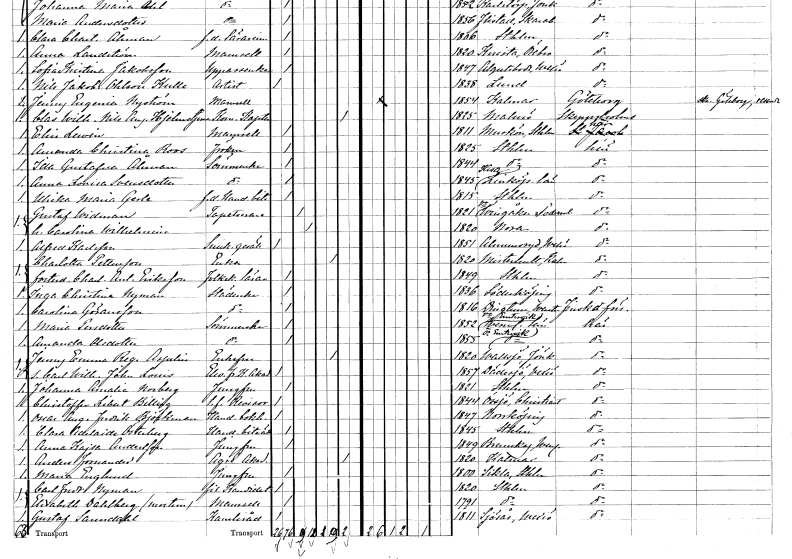
gt_parse: households: individuals: FN: Anna Lovisa
EN: Svensdotter
YRKE: Sömmerska
KON: K
CIV: O
FODAR: 1845
FODFORS: Kisa Östergötlands län
FN: Ulrika Maria
EN: Gerle
YRKE: Handelsbiträde f.d.
KON: K
CIV: O
FODAR: 1815
FODFORS: Stockholm
FN: Gustaf
EN: Widman
YRKE: Tapetserare
KON: M
CIV: G
FODAR: 1821
FODFORS: Västra Vingåker Södermanlands län
FN: Carolina Wilhelmina
KON: K
CIV: G
FODAR: 1820
FODFORS: Nora Örebro län
FN: Alfred
EN: Karlsson
YRKE: Snickaregesäll
KON: M
CIV: O
FODAR: 1851
FODFORS: Almundsryd Kronobergs län
FN: Charlotta
EN: Pettersson
YRKE: Änka
KON: K
CIV: E
FODAR: 1820
FODFORS: Misterhult Kalmar län
FN: Charlotta Antoinette
EN: Eriksson
YRKE: Folkskolelärarinna
KON: K
CIV: O
FODAR: 1849
FODFORS: Stockholm
FN: Inga Christina
EN: Nyman
YRKE: Städerska
KON: K
CIV: O
FODAR: 1836
FODFORS: Söderköping Östergötlands län
FN: Carolina
EN: Göransson
YRKE: Städerska
KON: K
CIV: O
FODAR: 1816
FODFORS: Dingtuna Västmanlands län
FN: Maria
EN: Persdotter
YRKE: Sömmerska
KON: K
CIV: O
FODAR: 1852
FODFORS: Västra Ämtervik Värmlands län
FN: Amanda
EN: Olsdotter
YRKE: Sömmerska
KON: K
CIV: O
FODAR: 1855
FODFORS: Östra Ämtervik Värmlands län
FN: Jenny Emma Regina
EN: Aspelin
KON: K
CIV: E
FODAR: 1820
FODFORS: Vallsjö Jönköpings län
FN: Carl Wilhelm John Louis
YRKE: Elev vid Akademin för fria konster
KON: M
CIV: O
FODAR: 1857
FODFORS: Dädesjö Kronobergs län
FN: Johanna Amalia
EN: Norberg
YRKE: Jungfru
KON: K
CIV: O
FODAR: 1821
FODFORS: Stockholm
FN: Christoffer Libert
EN: Billing
YRKE: Revisor t.f.
KON: M
CIV: O
FODAR: 1844
FODFORS: Örsjö Kalmar län
FN: Oscar August Fredrik
EN: Björkman
YRKE: Handelsbokhållare
KON: M
CIV: O
FODAR: 1847
FODFORS: Norrköping Östergötlands län
FN: Clara Adelaide
EN: Österberg
YRKE: Handelsbiträde
KON: K
CIV: O
FODAR: 1845
FODFORS: Stockholm
FN: Anna Kajsa
EN: Andersson
YRKE: Jungfru
KON: K
CIV: O
FODAR: 1849
FODFORS: Brunskog Värmlands län
FN: Anders
EN: Fornander
YRKE: Agrée vid målarakademien
KON: M
CIV: X
FODAR: 1820
FODFORS: Kalmar Kalmar län
FN: Maria
EN: Englund
YRKE: Jungfru
KON: K
CIV: O
FODAR: 1800
FODFORS: Sicklaö Stockholms län
FN: Carl Fredrik
EN: Nyman
YRKE: Fil. kand.
KON: M
CIV: O
FODAR: 1820
FODFORS: Stockholm
FN: Elisabeth
EN: Dahlberg
KON: K
CIV: O
FODAR: 1791
FODFORS: Stockholm
FN: Gustaf
EN: Sandahl
YRKE: Kansliråd
KON: M
CIV: O
FODAR: 1811
FODFORS: Sjösås Kronobergs län